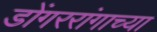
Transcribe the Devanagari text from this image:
डोंगररांगाच्या